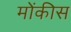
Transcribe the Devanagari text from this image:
मोंकीस